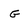
Character: G